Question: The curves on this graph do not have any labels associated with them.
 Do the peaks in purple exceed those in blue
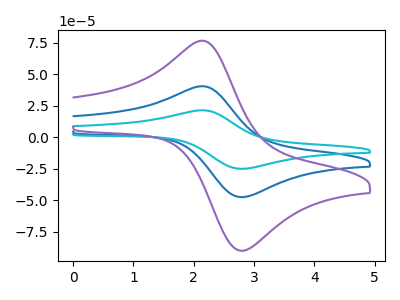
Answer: <think>The blue curve "blue" has an anodic peak at (2.15V, 40.45uA) and a cathodic peak at (2.85V, -47.55uA). The cyan curve "cyan" has an anodic peak at (2.15V, 80.95uA) and a cathodic peak at (2.85V, -95.15uA). The purple curve "purple" has an anodic peak at (2.15V, 76.65uA) and a cathodic peak at (2.85V, -90.10uA).</think>
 <answer>Every peak in "purple" is higher than every peak in "blue".</answer>
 <eval>higher</eval>